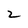
Character: z